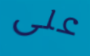
على